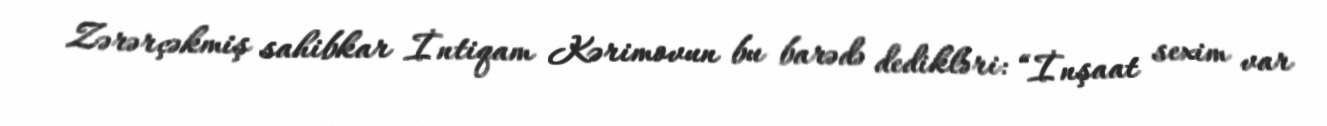
Zərərçəkmiş sahibkar İntiqam Kərimovun bu barədə dedikləri: “İnşaat sexim var